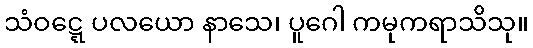
သံဝဋ္ဋေ ပလယော နာသေ၊ ပူဂေါ ကမုကရာသိသု။